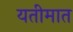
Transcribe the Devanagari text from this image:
यतीमात